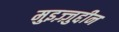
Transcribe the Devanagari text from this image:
मुइज़्ज़ुद्दीन